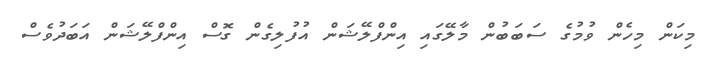
މިކަން މިހެން ވުމުގެ ސަބަބުން މާލޭގައި އިންފްލޭޝަން އުފުލިގެން ގޮސް އިންފްލޭޝަން އަބަދުވެސް